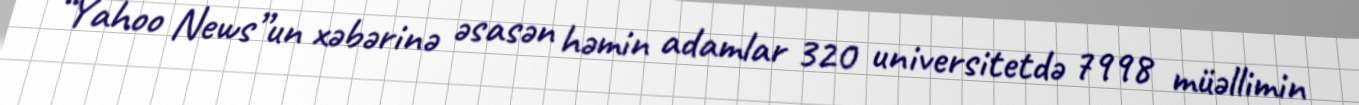
“Yahoo News”un xəbərinə əsasən həmin adamlar 320 universitetdə 7998 müəllimin